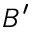
B ^ { \prime }